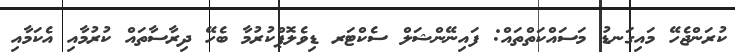
ކުރަންޖެހޭ މައިގަނޑު މަސައްކަތްތައް: ފައިނޭންޝަލް ސެކްޓަރ ޑިވެލޮޕްކުރުމާ ބެހޭ ދިރާސާތައް ކުރުމާއި އެކަމާއި